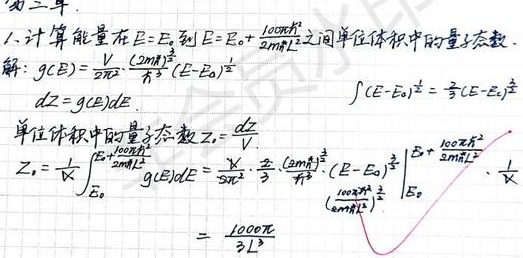
1. 计算能量在\(E = E_0\)到\(E = E_0 + \frac{100\pi\hbar^{2}}{2mL^{2}}\)之间单位体积中的量子态数。
解：
\(g(E)=\frac{V}{2\pi^{2}}\frac{(2m)^{\frac{3}{2}}}{\hbar^{3}}(E - E_0)^{\frac{1}{2}}\)
\(dZ = g(E)dE\)，\(\int (E - E_0)^{\frac{1}{2}}=\frac{2}{3}(E - E_0)^{\frac{3}{2}}\)
单位体积中的量子态数\(Z_1=\frac{dZ}{V}\)
\(Z_1=\frac{1}{V}\int_{E_0}^{E_0+\frac{100\pi\hbar^{2}}{2mL^{2}}}g(E)dE=\frac{V}{2\pi^{2}}\cdot\frac{2}{3}\frac{(2m)^{\frac{3}{2}}}{\hbar^{3}}\cdot(E - E_0)^{\frac{3}{2}}\big|_{E_0}^{E_0+\frac{100\pi\hbar^{2}}{2mL^{2}}}\cdot\frac{1}{V}\)
\(=\frac{1000\pi}{3L^{3}}\)